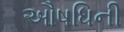
ઔષધિની